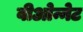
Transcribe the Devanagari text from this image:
वीओन्नेट